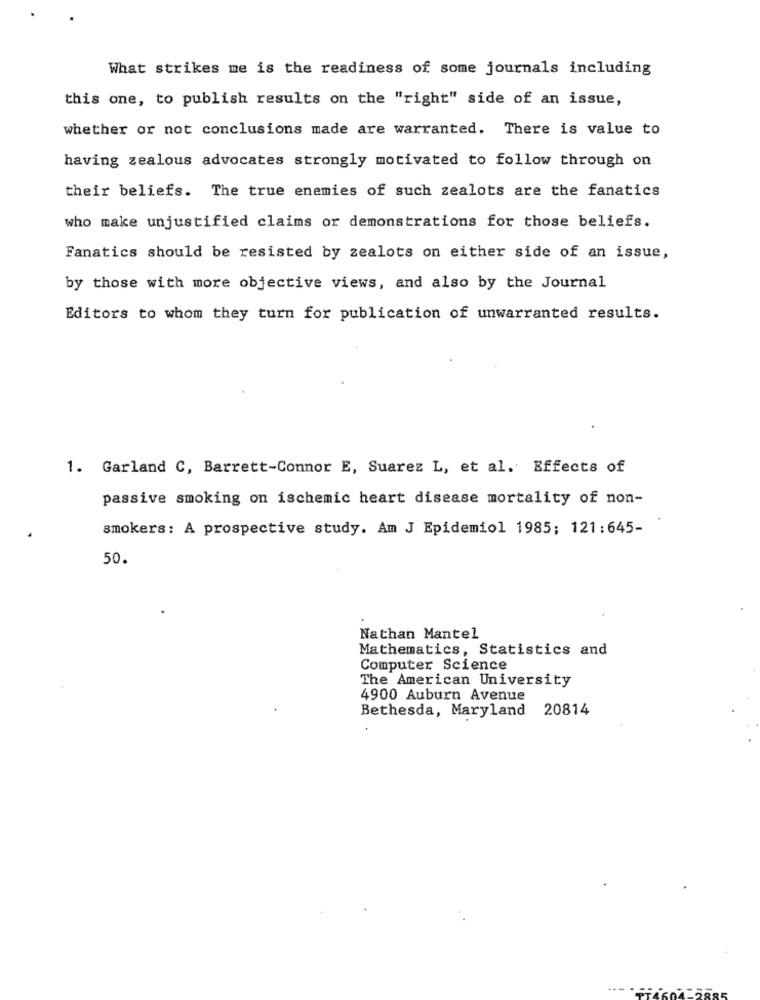
What strikes me is the readiness of some journals including
this one, to publish results on the "right" side of an issue,
whether or not conclusions made are warranted. There is value to
having zealous advocates strongly motivated to follow through on
their beliefs. The true enemies of such zealots are the fanatics
who make unjustified claims or demonstrations for those beliefs.
Fanatics should be resisted by zealots on either side of an issue,
by those with more objective views, and also by the Journal
Editors to whom they turn for publication of unwarranted results.
1. Garland C, Barrett-Connor E, Suarez L, et al. Effects of
passive smoking on ischemic heart disease mortality of non-
smokers: A prospective study. Am J Epidemiol 1985; 121:645-
50.
Nathan Mantel
Mathematics, Statistics and
Computer Science
The American University
4900 Auburn Avenue
Bethesda, Maryland
20814